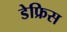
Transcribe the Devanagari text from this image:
डेफ्रिस